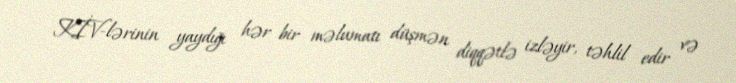
KİV-lərinin yaydığı hər bir məlumatı düşmən diqqətlə izləyir, təhlil edir və